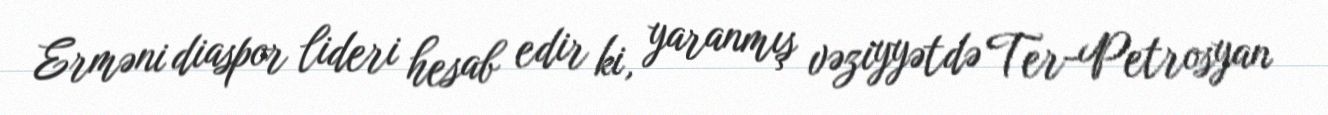
Erməni diaspor lideri hesab edir ki, yaranmış vəziyyətdə Ter-Petrosyan